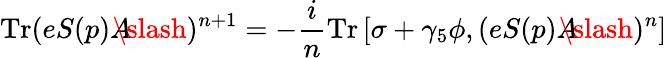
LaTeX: \mathrm{Tr}(eS(p)A\! \! \! \! \slash)^{n+1}=-{\frac{i}{n}}\mathrm{Tr}\left[\sigma+\gamma_{5}\phi,(eS(p)A\! \! \! \! \slash)^{n}\right]